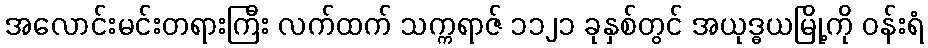
အလောင်းမင်းတရားကြီး လက်ထက် သက္ကရာဇ် ၁၁၂၁ ခုနှစ်တွင် အယုဒ္ဓယမြို့ကို ဝန်းရံ